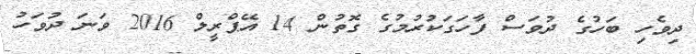
ދިވެހި ބަހުގެ ދުވަސް ފާހަގަކުރުމުގެ ގޮތުން 14 އޭޕްރީލް 2016 ވަނަ ދުވަހު